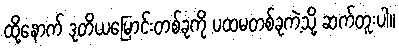
ထို့နောက် ဒုတိယမြောင်းတစ်ခုကို ပထမတစ်ခုကဲ့သို့ ဆက်တူးပါ။